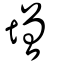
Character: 增